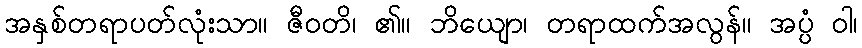
အနှစ်တရာပတ်လုံးသာ။ ဇီဝတိ၊ ၏။ ဘိယျော၊ တရာထက်အလွန်။ အပ္ပံ ဝါ၊